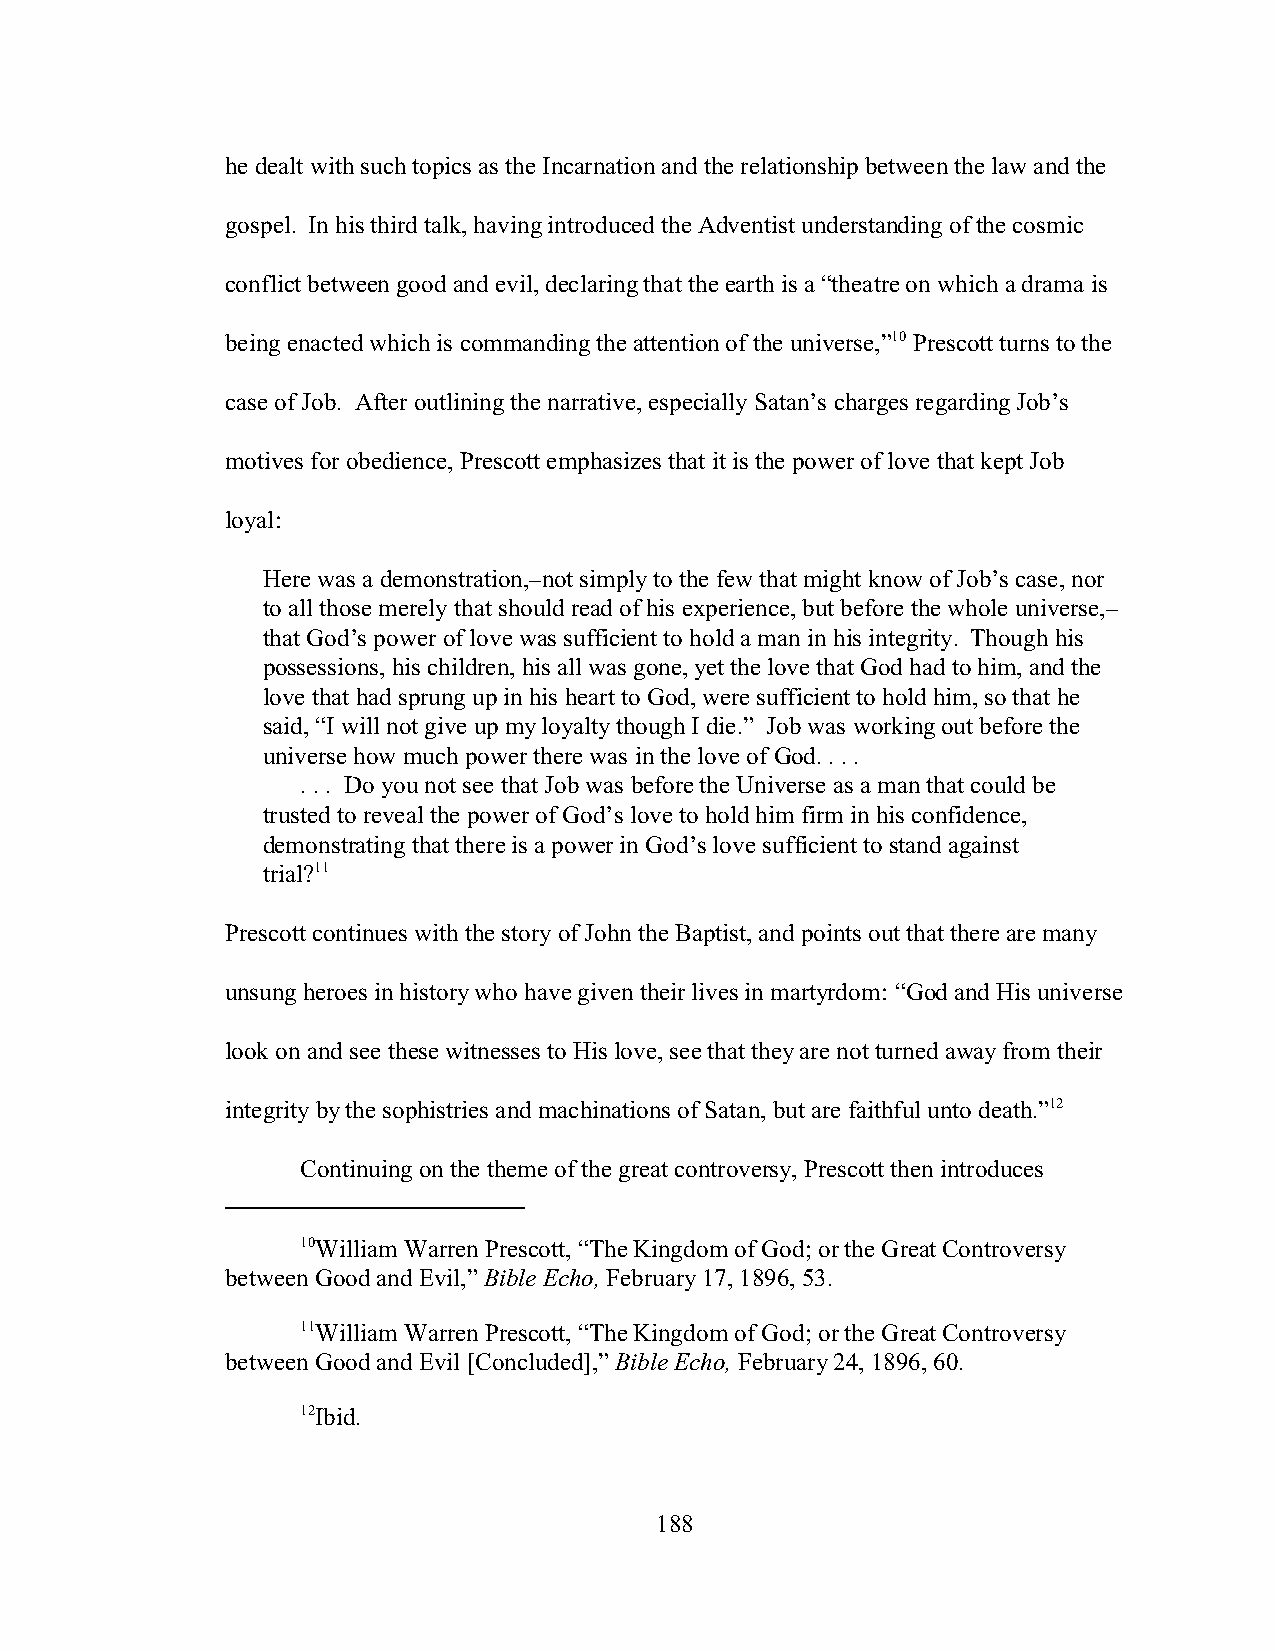
he dealt with such topics as the Incarnation and the relationship between the law and the
 gospel. In his third talk, having introduced the Adventist understanding of the cosmic
 conflict between good and evil, declaring that the earth is a “theatre on which a drama is
 being enacted which is commanding the attention of the universe,”10 Prescott turns to the
 case of Job. After outlining the narrative, especially Satan’s charges regarding Job’s
 motives for obedience, Prescott emphasizes that it is the power of love that kept Job
 loyal:
 Here was a demonstration,–not simply to the few that might know of Job’s case, nor
 to all those merely that should read of his experience, but before the whole universe,–
 that God’s power of love was sufficient to hold a man in his integrity. Though his
 possessions, his children, his all was gone, yet the love that God had to him, and the
 love that had sprung up in his heart to God, were sufficient to hold him, so that he
 said, “I will not give up my loyalty though I die.” Job was working out before the
 universe how much power there was in the love of God. . . .
 . . . Do you not see that Job was before the Universe as a man that could be
 trusted to reveal the power of God’s love to hold him firm in his confidence,
 demonstrating that there is a power in God’s love sufficient to stand against
 trial?11
 Prescott continues with the story of John the Baptist, and points out that there are many
 unsung heroes in history who have given their lives in martyrdom: “God and His universe
 look on and see these witnesses to His love, see that they are not turned away from their
 integrity by the sophistries and machinations of Satan, but are faithful unto death.”12
 Continuing on the theme of the great controversy, Prescott then introduces
 10William Warren Prescott, “The Kingdom of God; or the Great Controversy
 between Good and Evil,” Bible Echo, February 17, 1896, 53.
 11William Warren Prescott, “The Kingdom of God; or the Great Controversy
 between Good and Evil [Concluded],” Bible Echo, February 24, 1896, 60.
 12Ibid.
 188